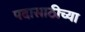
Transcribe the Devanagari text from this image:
पदासाठीच्या